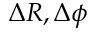
\Delta R , \Delta \phi